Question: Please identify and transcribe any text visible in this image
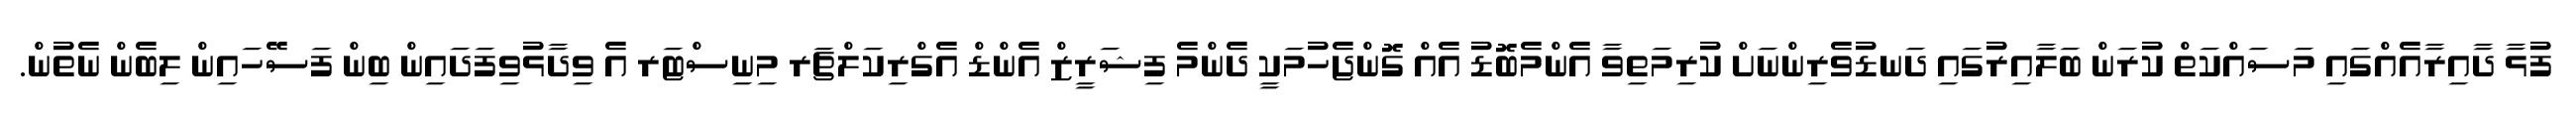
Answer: ފުޅާ ދާއިރާއެއްގައި މަސައްކަތް ކުރަން ބަލާއިރުގައި ދަނޑުވެރިންނަށް ކުރިމަތިވާ އެންމެބޮޑު އެއް ގޮންޖެހުމަކީ ދެންމެ ފިޝަރީޒް އެންޑް އެގްރިކަލްޗަރ މިނިސްޓަރ އެ ވިދާޅުވިފަދައިން ބިން ފަސޭހައިން ލިބެން ނެތުން.